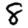
Digit: 8